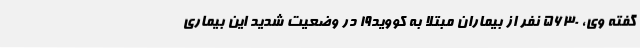
گفته وی، 5630 نفر از بیماران مبتلا به کووید19 در وضعیت شدید این بیماری